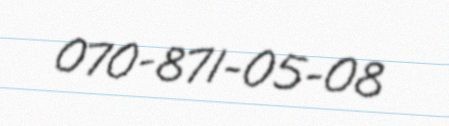
070-871-05-08